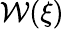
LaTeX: \mathcal{W}(\xi)